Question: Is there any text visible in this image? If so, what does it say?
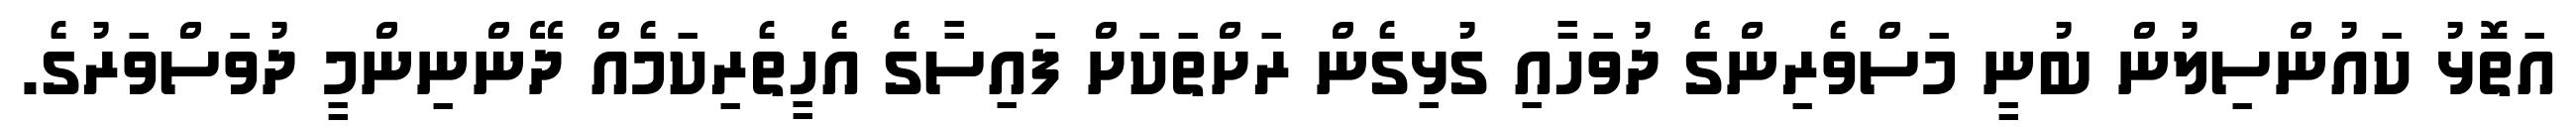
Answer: އަތޮޅު ކައުންސިލުން ބުނީ މަސްވެރިންގެ ދުވަހާއި ގުޅިގެން ރަށްތަކަށް ފައިސާގެ އެހީތެރިކަމެއް ދޭންނިންމީ ދުވަސްވަރުގެ.